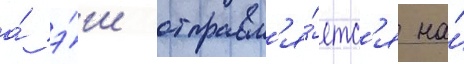
а́ э́ш отправл'я́етс'я на́